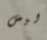
ليس